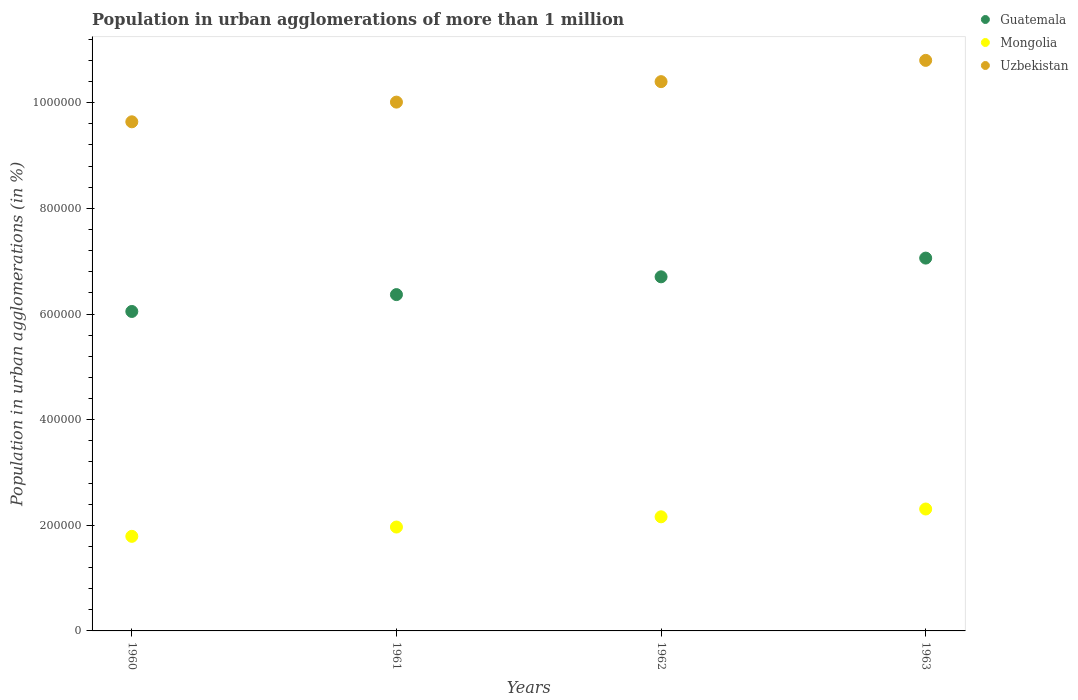
| Years | Guatemala | Mongolia | Uzbekistan |
 | --- | --- | --- | --- |
 | 1960 | 6.05e+05 | 1.79e+05 | 9.64e+05 |
 | 1961 | 6.37e+05 | 1.97e+05 | 1e+06 |
 | 1962 | 6.7e+05 | 2.16e+05 | 1.04e+06 |
 | 1963 | 7.06e+05 | 2.31e+05 | 1.08e+06 |